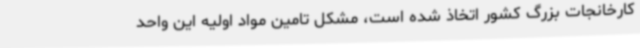
کارخانجات بزرگ کشور اتخاذ شده است، مشکل تامین مواد اولیه این واحد